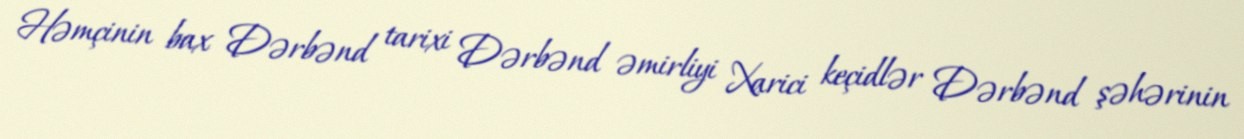
Həmçinin bax Dərbənd tarixi Dərbənd əmirliyi Xarici keçidlər Dərbənd şəhərinin